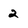
Character: 2